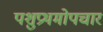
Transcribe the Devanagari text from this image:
पशुप्रथमोपचार